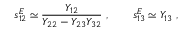
s _ { 1 2 } ^ { E } \simeq \frac { Y _ { 1 2 } } { Y _ { 2 2 } - Y _ { 2 3 } Y _ { 3 2 } } \ , \qquad s _ { 1 3 } ^ { E } \simeq Y _ { 1 3 } \ ,